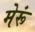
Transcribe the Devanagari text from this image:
मेरूं